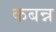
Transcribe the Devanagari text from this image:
कबन्न